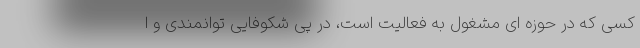
کسی که در حوزه ای مشغول به فعالیت است، در پی شکوفایی توانمندی و ا